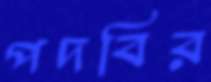
পদবির